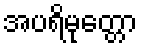
အပရိမုတ္တော